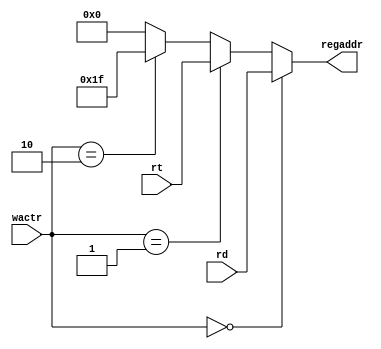
`timescale 1ns / 1ps
//////////////////////////////////////////////////////////////////////////////////
// Company: 
// Engineer: 
// 
// Design Name: 
// Module Name:    mux 
// Project Name: 
// Target Devices: 
// Tool versions: 
// Description: 
//
// Dependencies: 
//
// Revision: 
// Revision 0.01 - File Created
// Additional Comments: 
//
//////////////////////////////////////////////////////////////////////////////////
module wamux(
	input[1:0] wactr,
	input [4:0] rd,
	input [4:0] rt,
	output [4:0] regaddr
    );
	assign regaddr = (wactr==2'b00)?rd:
						  (wactr==2'b01)?rt:
						  (wactr==2'b10)?5'h1f:5'b0;

endmodule

module wdmux(
	input [1:0] wdctr,
	input [31:0] fromalu,
	input [31:0] fromdm,
	input [31:0] fromifu,
	output [31:0] regdata
	);
	assign regdata = (wdctr==2'b00)?fromalu:
						  (wdctr==2'b01)?fromdm:
						  (wdctr==2'b10)?fromifu:0;


endmodule

module alubmux(
	input bctr,
	input [31:0] fromrf,
	input [31:0] fromext,
	output [31:0] b
	);
	assign b = (bctr==0)?fromrf:fromext;
	
endmodule